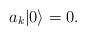
LaTeX: \begin{align*}a_k |0\rangle=0. \end{align*}